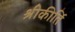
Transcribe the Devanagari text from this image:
श्रीकीर्ति